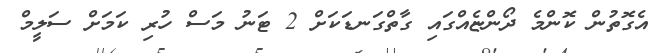
އެގޮތުން ކޮންމެ ދޯންޏެއްގައި ގާތްގަނޑަކަށް 2 ޓަނު މަސް ހުރި ކަމަށް ސަލީމް